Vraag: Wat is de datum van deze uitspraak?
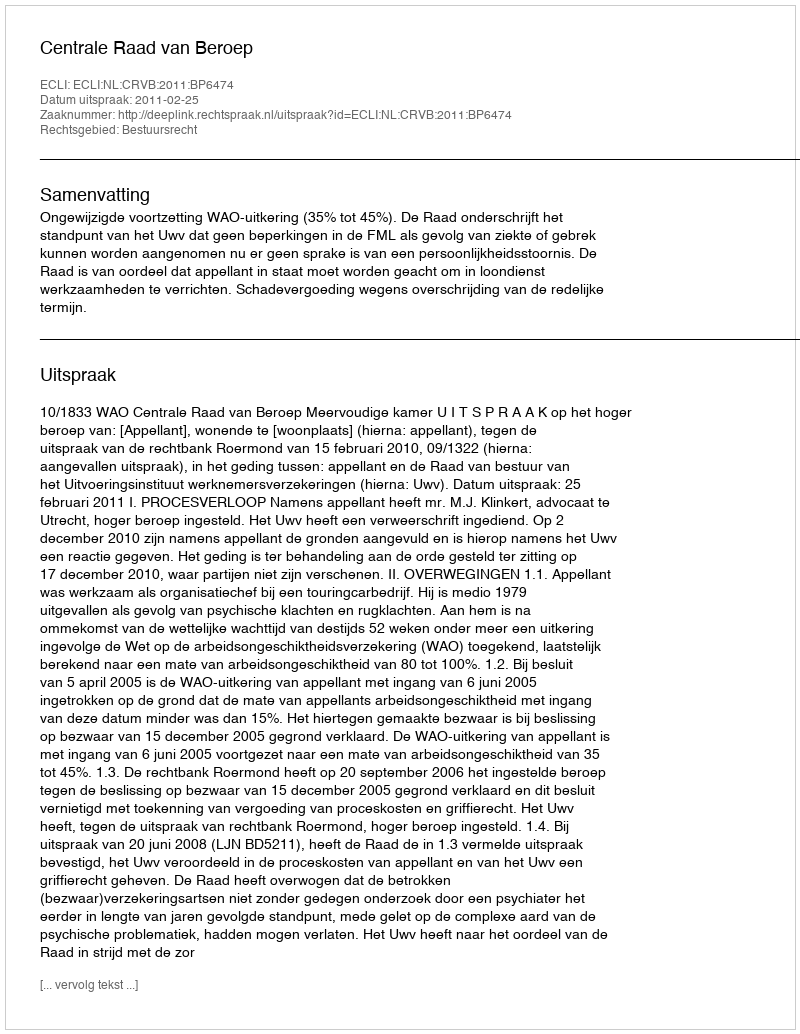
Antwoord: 2011-02-25